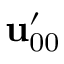
\mathbf { u } _ { 0 0 } ^ { \prime }